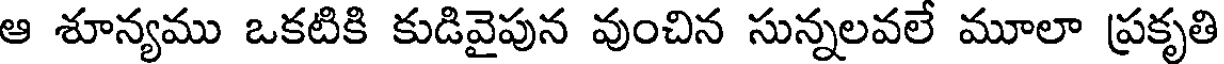
ఆ శూన్యము ఒకటికి కుడివైపున వుంచిన సున్నలవలే మూలా ప్రకృతి